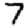
Digit: 7